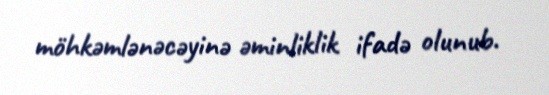
möhkəmlənəcəyinə əminliklik ifadə olunub.